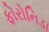
ફોરોનિડા